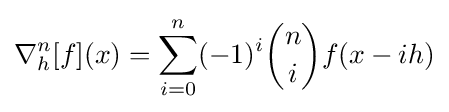
\nabla _{h}^{n}[f](x)=\sum _{i=0}^{n}(-1)^{i}{\binom {n}{i}}f(x-ih)